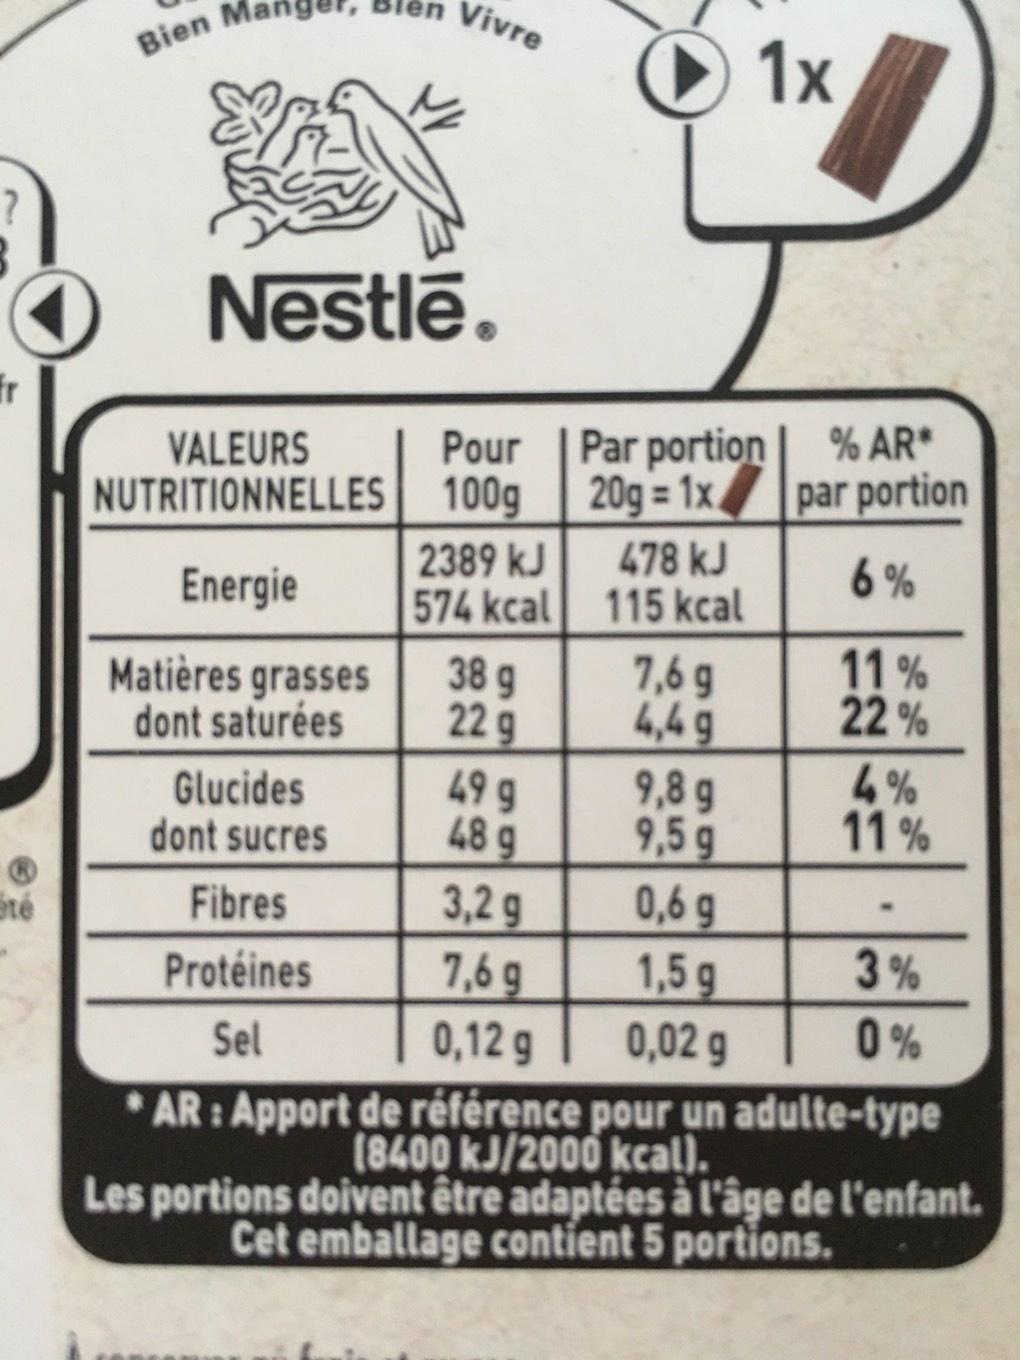
O
fr
Sté
Bien
Nestlē.
VALEURS NUTRITIONNELLES
Energie
Matières grasses dont saturées
Vivre
Glucides
dont sucres
Fibres
Protéines
Sel
Pour
100g
2389 kJ
574 kcal
38 g
22 g
49 g
66
48 g
3,2 g
7,6 g
0,12 g
Par portion 20g = 1x
478 kJ
115 kcal
9,8 g
9,5 g
0,6 g
1,5 g
0,02 g
*AR: Apport de référence pour un adulte-type (8400 kJ/2000 kcal).
1x
7,6 g
4,49
% AR* par portion
6%
11%
22%
4%
11%
3%
0%
Les portions doivent être adaptées à l'âge de l'enfant. Cet emballage contient 5 portions.